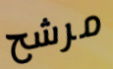
مرشح